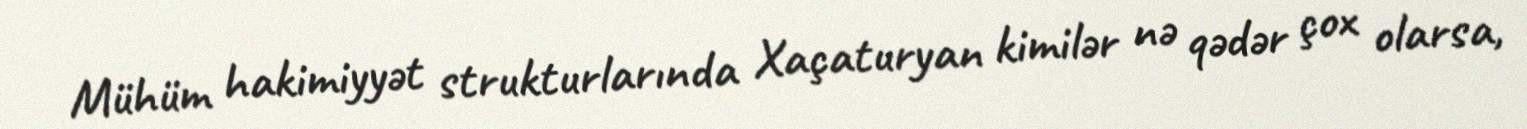
Mühüm hakimiyyət strukturlarında Xaçaturyan kimilər nə qədər çox olarsa,